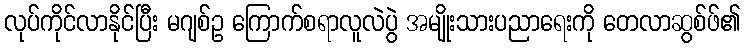
လုပ်ကိုင်လာနိုင်ပြီး မဂျစ်ဥ ကြောက်စရာလူလဲပွဲ အမျိုးသားပညာရေးကို တေလာဆွစ်ဖ်၏